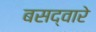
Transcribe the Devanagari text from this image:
बसद्वारे